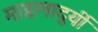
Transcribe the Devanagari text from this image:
माइलादुर्यी